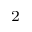
_ { 2 }